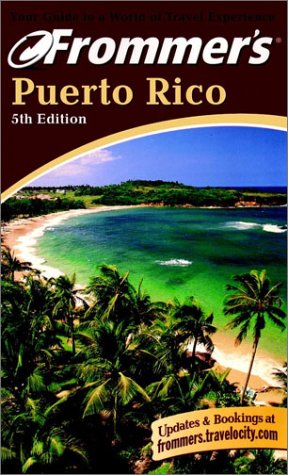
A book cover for Frommer's Puerto Rico (Frommer's Complete Guides); Darwin Porter; Travel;